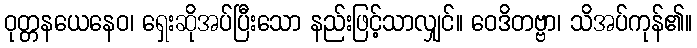
ဝုတ္တနယေနေဝ၊ ရှေးဆိုအပ်ပြီးသော နည်းဖြင့်သာလျှင်။ ဝေဒိတဗ္ဗာ၊ သိအပ်ကုန်၏။